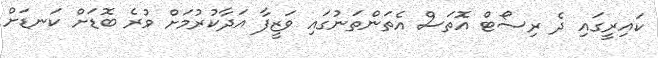
ކައިރީގައި ދެ ރިސޯޓް އޮތަސް އެތަންތަނުގައި ވަޒީފާ އަދާކުރުމަށް ވުރެ ބޮޑަށް ކަނޑަށް